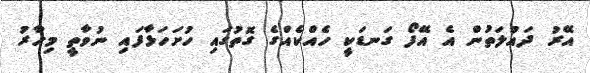
އޭރު ދައުލަތުން އެ އޭފޯ ގަނޑަކީ ހެއްކެއްގެ ގޮތުގައި ހުށަހަޅާފައި ނުވާތީ މިހާރު